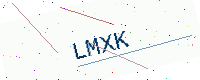
Text: LMXK